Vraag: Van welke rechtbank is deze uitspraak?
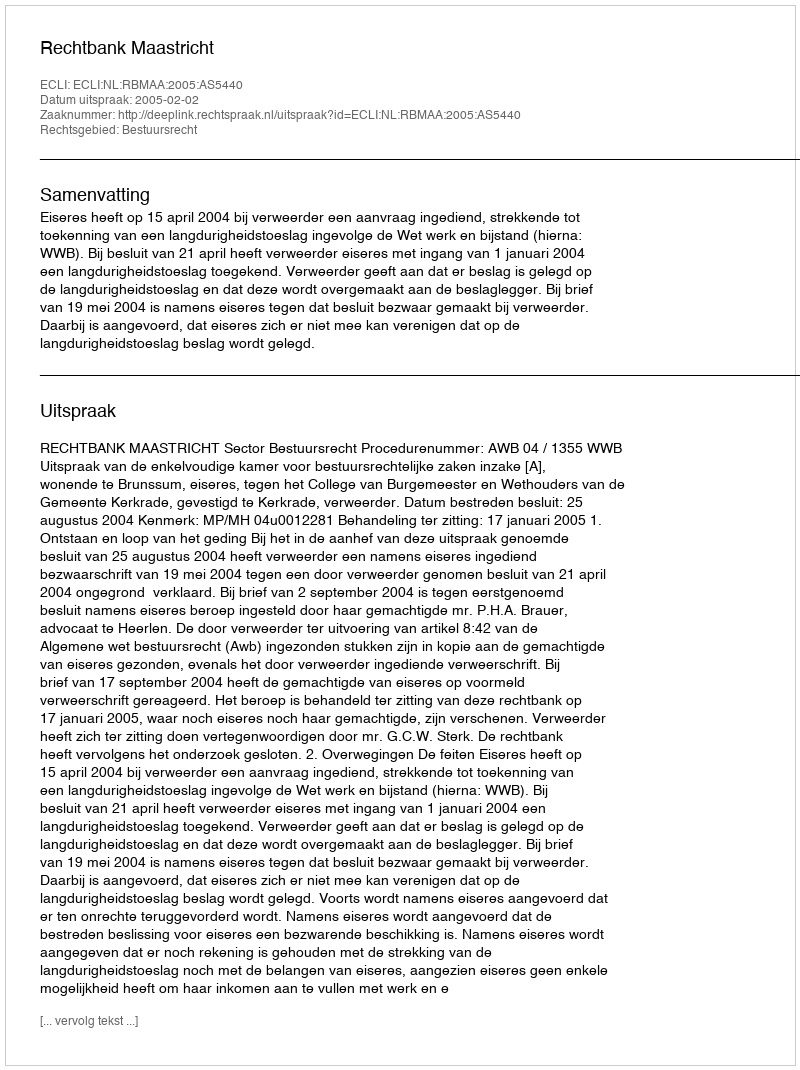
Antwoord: Rechtbank Maastricht